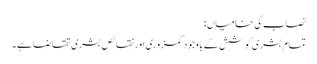
نصاب کی خامیاں:
تمام بشری کوشش کے باوجود کمزوری اور نقائص بشری تقاضا ہے۔